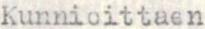
Kunnioittaen